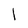
Character: I